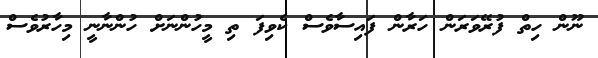
ނޫން ހިތް ފުރޭވަރަން ހަރާން ފައިސާވެސް ކެވިފަ ތި މީހުންނަށް ހުންނާނީ މިހާރުވެސް